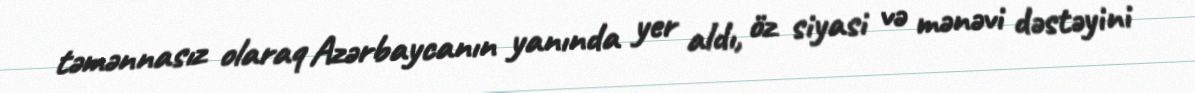
təmənnasız olaraq Azərbaycanın yanında yer aldı, öz siyasi və mənəvi dəstəyini